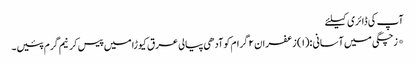
آپ کی ڈائری کیلئے
*زچگی میں آسانی :(۱) زعفران ۲ گرام کوآدھی پیالی عرق کیوڑا میں پیس کرنیم گرم پئیں۔